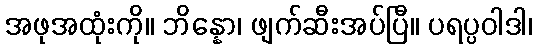
အဖုအထုံးကို။ ဘိန္နော၊ ဖျက်ဆီးအပ်ပြီ။ ပရပ္ပဝါဒါ၊